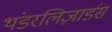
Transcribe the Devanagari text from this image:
थंडरलिज़ार्डस